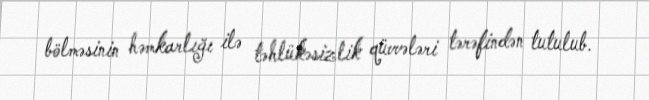
bölməsinin həmkarlığı ilə təhlükəsizlik qüvvələri tərəfindən tutulub.